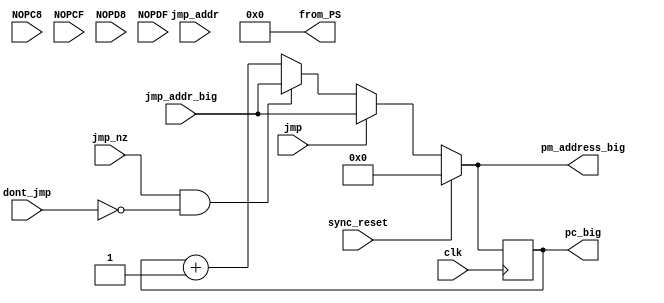
module program_sequencer(
	input clk, sync_reset, jmp, jmp_nz, dont_jmp,
	input NOPC8, NOPCF, NOPD8, NOPDF,		// inputs; will probably need in exam
	input [3:0] jmp_addr,
	input [9:0] jmp_addr_big,
//	output reg [7:0] pm_addr,
//	output reg [7:0] pc,			// made output for final exam (instead of internal)
	output reg [9:0] pc_big, pm_address_big,
	output reg [7:0] from_PS			// made specifically for final exam scrambler
	);


always @ *
from_PS = 8'h0;  // in exam
//from_PS = pc;		// testing prior to exam

always @ (posedge clk)
//pc <= pm_addr;
pc_big <= pm_address_big;

always @ *
if (sync_reset == 1'b1) 
	pm_address_big = 10'd0;
else if (jmp == 1'b1) 
	pm_address_big = jmp_addr_big;
else if ((jmp_nz == 1'b1) && (dont_jmp == 1'b0)) 
	pm_address_big = jmp_addr_big;
else 
	pm_address_big = pc_big + 10'd1;

endmodule